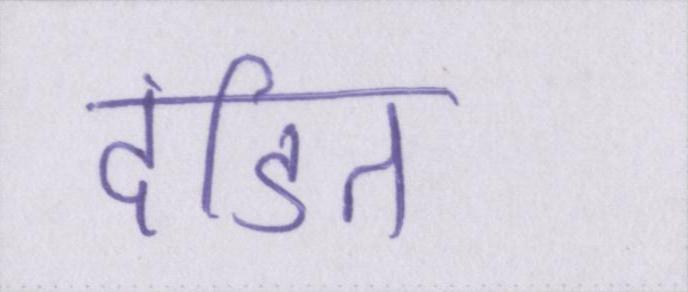
दंडित